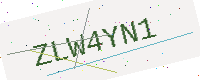
Text: ZLW4YN1